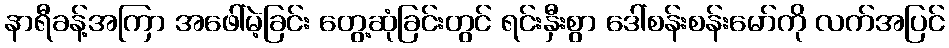
နာရီခန့်အကြာ အဖေါ်မဲ့ခြင်း တွေ့ဆုံခြင်းတွင် ရင်းနှီးစွာ ဒေါ်စန်းစန်းမော်ကို လက်အပြင်